Papers set at the Examination for Leaving Certificates, 1890
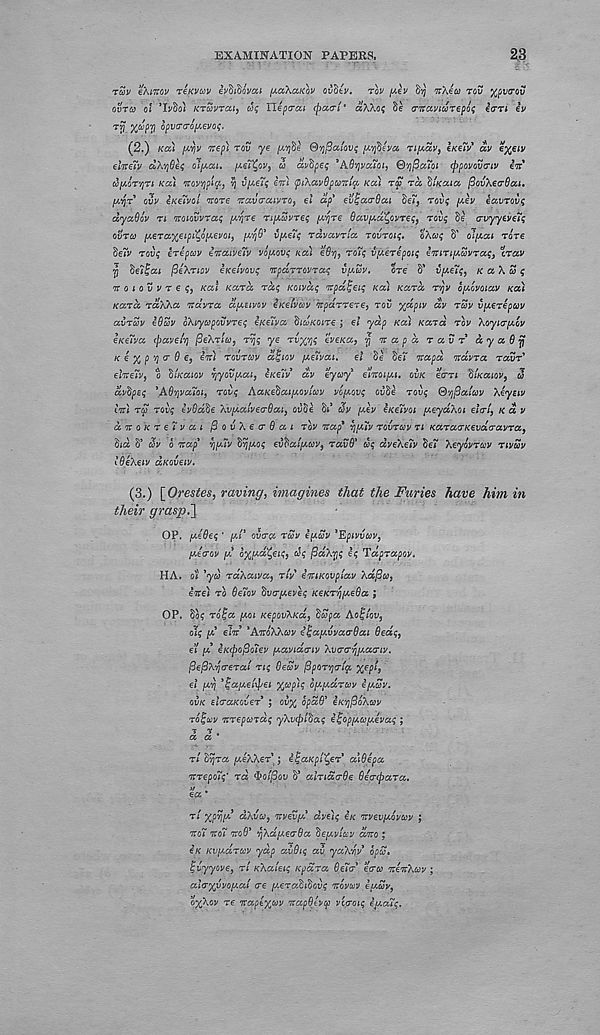
EXAMINATION PAPERS.
23
rcov ekmov rewav iyditidvai /xaXctKov ovdtv. rov [A€v dy nXeco rov ftfivrov
our & ol ’IJ/SO* KTcovrai, ojq Tie per cu (pacri * a\\o$ Se (rnccvtuTepos eari iv
T ? %®Py dpv(r(roiA€Vo$.
(2.) Kcci (Ayy Tcepy rou ye [x^e QvjjSc&iovi; [xyjbeya TifxaVj eKeiv' av e^eiv
ehreTv dXvjOej; oI/Aa*. [xeT^ov, u av'bpeq 'AQVJVCUQI, G'/](3a7oi (ppovoveriv in
CO/XOT'/JTI Ka) novYjpity, vj vfxeiq ini (pTKavQpccn'iqj Kai rfi ra \Uouce, povXeo-dcci.
ix^r ovv iKeTvol nore navercavTo, el ap* evIjcccrQai Se?, rovq /xev eavroiiq
dyaOdv n noiovvraq (x^re TifxcovTeq [x r /jre Qavixd'C ) Qvreq > rovq tie crvyyeyeTq
ovTv [xeTaxeipi^dixevoif [x'ffi vfxeTq rdvccvria rovroiq. oXcoq S' olfxai Tore
Selv rovq irepuv enouveHv vdfxovq KOU edv), ro7q v(xerepQiq iniTiixcovTaq, crav
TJ ’be'iZcu fteXnov eKetvovq npdrTOvraq vfxuv.
ore S' v[xe7q ) K a X cS q
noiovvreq, KCCI KCCTCC rdq KOivccq npdfjeiq KCC) KCCTCC TVJV O[XOVOICCV KCC)
KCXTCC raXXcc ndvrcc ccfxemv iKetv&v nparr ere, rov %dpiv dv rm v[xerepo}v
CIVTCOV e8Zv oXiycopovvreq eKe7ycc ^icoKoire ; el yap Ka) Kara rov Xoyiar[xov
€Ke7va (pavei'r) fieXrlu 0 rvjq ye rv^yq eve/ca, y n a p d r a v r a y a 0
K e % p '/) <r 6 e 9 in) rovrcov dlqiov /xe7vai. el Se Se; napd ndvra ravr'
elne7v f o dtKatov Tjyov/xai, iKe7v dv eyay elnoipxi. OVK earn $iKaiov 9 u
dv'bpeq \A6v)va7oi, rovq AaKe^aifxoviuv vdfxovq ouSe rovq (d'/jpatcov Xeyeiv
In) rS rovq iv8d§e XvixalvecrOai, ouSe St* Jv (xev iKe7voi (xeyaXoi elcri, Kav
dnoKre7vai fiovXeerOai rov nap 9 7i[x7v rovrcov ri KaracrK€vdcravTa 9
S/a S’ cov d nap' Yj[x7v tiyj/xoq evoai[xaiv 9 ravO' dq dveXeiv tie7 Xeydvrcov nvuv
IdeXeiv aKQveiv.
(3.) [ Orestes, raving 9 imagines that the Furies have him in
their grasp,]
OP. fxeOeq * [xi* overa TWV i(xav 9 Epivveov 9
[xecrov fx dxfxa^eiq, dq pdXyq iq Taprapov.
HA. oi ’yd rdXaiva 9 rlv eniKovpiav Xafico,
ine) TO 6e7ov 'bv&ixeveq KeKr'rj/xeOa ;
OP. So? rdlja fxoi KepovXKa, dupa Aof/ou,
olq [X eln ’AnoXXcov i^aixvvaaOai 0edq 9
e’l [x iK(popo7ev [xavido-iv Xvcr&'/jfxaariv.
fiefiXycrerai nq Qewv pporyertp %epl 9
el fXTi ’iqafxetyei %wp)q d[X[xdrvv ifxSv.
QVK elcraKOver ; ou% dpd6 3 iKTjpoXcov
rdfquv nrepurdq yXvcplftaq i^op[xo}[xevaq ;
■5
‘s’ .
a a
rl ftyjra [xeXXer ; i^aKpl^er a\Qepa
nrepo7q’ rd tyotfiov S' alrtdcrOe Oerepara.
>/ ,
ea
rl xprifx’ dXvu 9 nvev(x dve)q iK nvevfxdvcov ;
noi no7 no6 3 TjXdixea-Oa depcvlccv dno ;
€K Kv/xaruv yap avQiq av yaX'f\v dpw,
iqvyyove, rl KXaleiq Kpdra Bel a eerco nenXcov ;
alcrxvvoixal ere [xerati^ovq ndvcov eixuv,
oftXov re nape%(>)V napBlvcp vccroiq e^xalq.